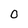
Character: 0